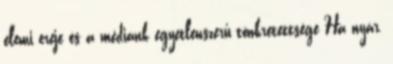
elemi ereje és a médiánk egyetlenszerű tönkretettsége Ha nyár,